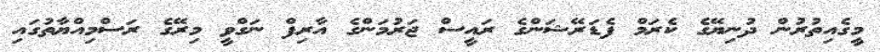
މީގެއިތުރުން ދުނިޔޭގެ ކެރަމް ފެޑަރޭޝަންގެ ރައީސް ޖަރުމަންގެ އާރިފް ނަގްވީ މިރޭގެ ރަސްމިއްޔާތުގައި